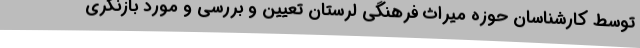
توسط کارشناسان حوزه میراث فرهنگی لرستان تعیین و بررسی و مورد بازنگری